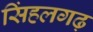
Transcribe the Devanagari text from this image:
सिंहलगढ़